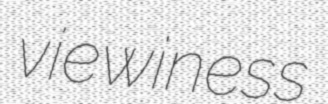
viewiness